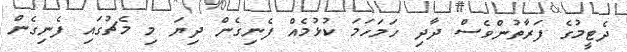
ދެޓީމުގެ ފަރާތުންވެސް ދާދި ހަމަހަމަ ކުޅުމެއް ފެނިގެން ދިޔަ މި މެޗުގައި ފެނިގެން